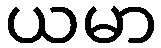
ယမာ